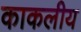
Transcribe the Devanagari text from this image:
काकलीय